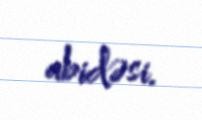
abidəsi.